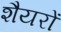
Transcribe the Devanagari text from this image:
शैयरों